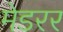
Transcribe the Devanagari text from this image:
मेडरर